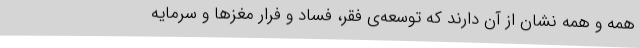
همه و همه نشان از آن دارند که توسعه‌ی فقر، فساد و فرار مغز‌ها و سرمایه